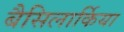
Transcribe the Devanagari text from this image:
बैसिलार्किया